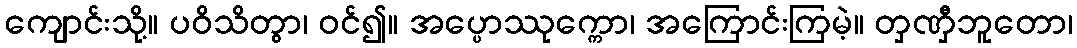
ကျောင်းသို့။ ပဝိသိတွာ၊ ဝင်၍။ အပ္ပောဿုက္ကော၊ အကြောင်းကြမဲ့။ တှဏှီဘူတော၊